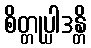
စိတ္တုပ္ပါဒန္တိ